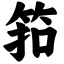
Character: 筘